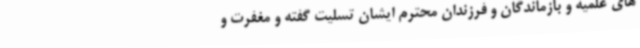
های علمیه و بازماندگان و فرزندان محترم ایشان تسلیت گفته و مغفرت و